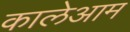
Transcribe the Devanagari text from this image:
कालेआम